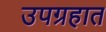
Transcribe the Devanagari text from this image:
उपग्रहात